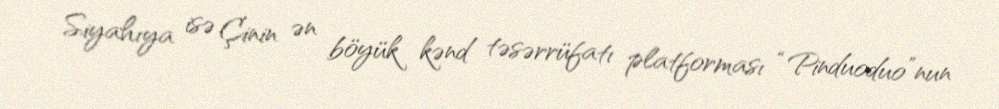
Siyahıya isə Çinin ən böyük kənd təsərrüfatı platforması “Pinduoduo”nun